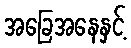
အခြေအနေနှင့်